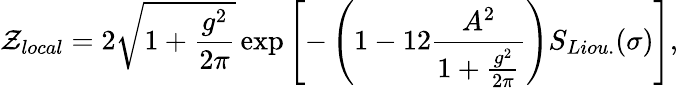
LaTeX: {\cal Z}_{local}=2\sqrt{1+{\frac{g^{2}}{2\pi}}}\exp\left[-\left(1-{12}{\frac{A^{2}}{1+{\frac{g^{2}}{2\pi}}}}\right)S_{Liou.}(\sigma)\right],